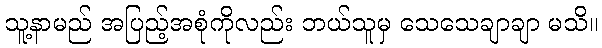
သူ့နာမည် အပြည့်အစုံကိုလည်း ဘယ်သူမှ သေသေချာချာ မသိ။